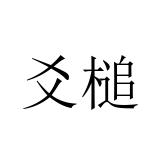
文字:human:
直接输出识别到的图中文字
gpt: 爻槌